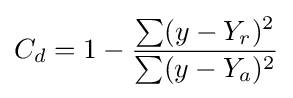
C_{d}=1-{\sum (y-Y_{r})^{2} \over \sum (y-Y_{a})^{2}}